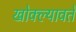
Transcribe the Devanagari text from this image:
खोक्ल्यावते